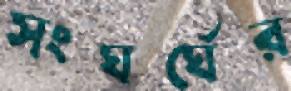
সংঘর্ঘের